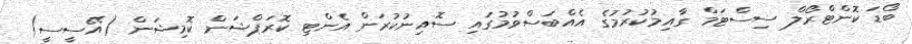
ބޯޑަ ކޮންޓްރޯލް ސިސްޓަމް ގާއިމުކުރުމުގެ އެއްބަސްވުމުގައި ސޮއިނުކުރަން އެންޓި ކޮރަޕްޝަން ކޮމިޝަން (އޭސީސީ)